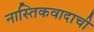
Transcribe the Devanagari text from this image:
नास्तिकवादाची